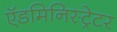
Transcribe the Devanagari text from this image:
ऍडमिनिस्ट्रेटर